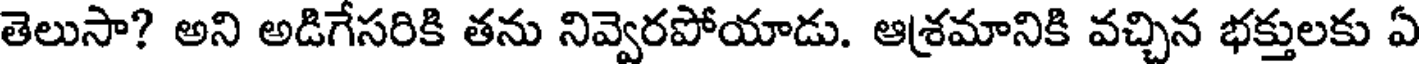
తెలుసా? అని అడిగేసరికి తను నివ్వెరపోయాడు. ఆశ్రమానికి వచ్చిన భక్తులకు ఏ